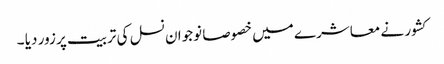
کشور نے معاشرے میں خصوصا نوجوان نسل کی تربیت پر زور دیا ۔